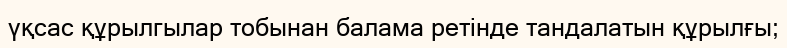
үқсас құрылгылар тобынан балама ретінде тандалатын құрылғы;